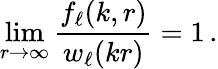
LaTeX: \operatorname*{lim}_{r\to\infty}\frac{f_{\ell}(k,r)}{w_{\ell}(kr)}=1\, .